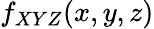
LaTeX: f_{XYZ}(x,y,z)